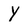
Character: Y